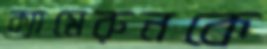
ক্যামেরুনকে